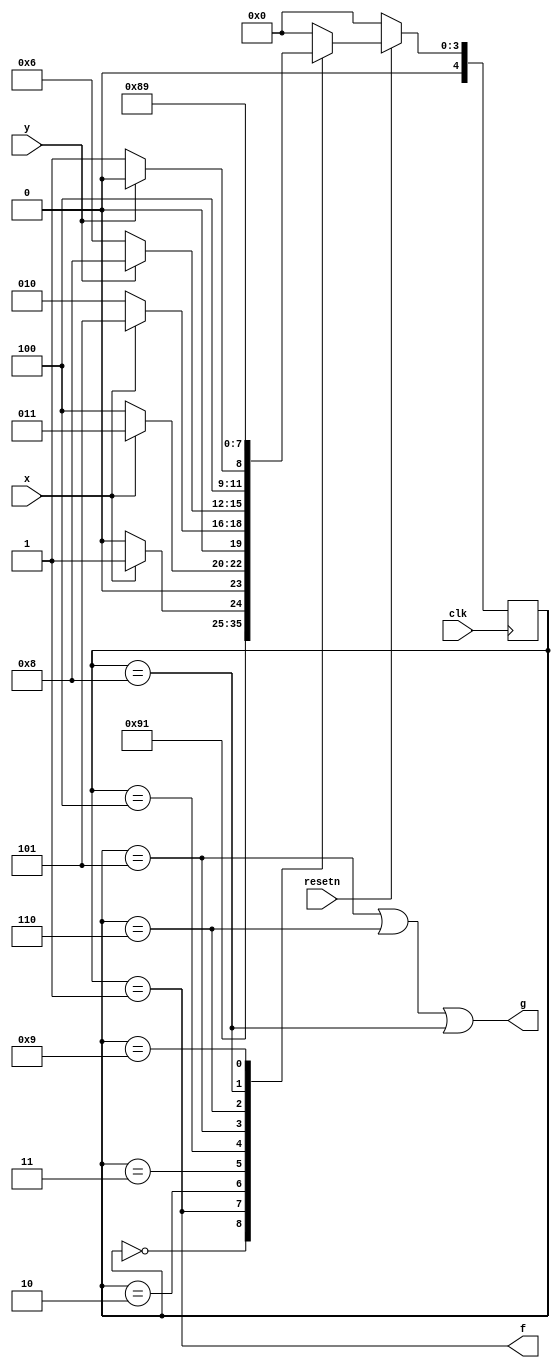
//2023_7_9 kerong
//Another FSM
module top_module (
    input clk,
    input resetn,    // active-low synchronous reset
    input x,
    input y,
    output f,
    output g
); 
    parameter IDLE = 4'd0;
    parameter A = 4'd1;
    parameter B = 4'd2;
    parameter C = 4'd3;
    parameter D = 4'd4;
    parameter E = 4'd5;
    parameter F = 4'd6;
    parameter O = 4'd8;
    parameter Z = 4'd9;
    reg [4:0] state, nstate;

    always@(posedge clk)begin
        if(~resetn)begin
            state <= IDLE;
        end
        else begin
            state <= nstate;
        end
    end

    always@(*)begin
        case(state)
            IDLE:nstate = A;
            A:nstate = B;
            B:nstate = x ? C : B;
            C:nstate = x ? C : D;
            D:nstate = x ? E : B;
            E:nstate = y ? O : F;
            F:nstate = y ? O : Z;
            O:nstate = O;
            Z:nstate = Z;
            default:nstate = IDLE;
        endcase
    end

    assign f = (state == A);
    assign g = (state == E) | (state == F) | (state == O);

endmodule